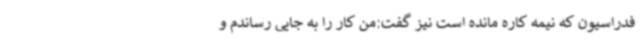
فدراسیون که نیمه کاره مانده است نیز گفت:من کار را به جایی رساندم و